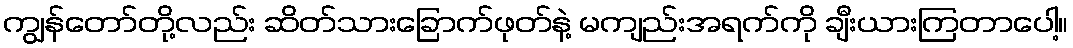
ကျွန်တော်တို့လည်း ဆိတ်သားခြောက်ဖုတ်နဲ့ မကျည်းအရက်ကို ချီးယားကြတာပေါ့။